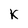
Character: K